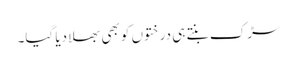
سڑک بنتے ہی درختوں کو بھی بھلا دیا گیا۔